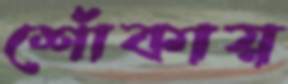
শোঁকায়